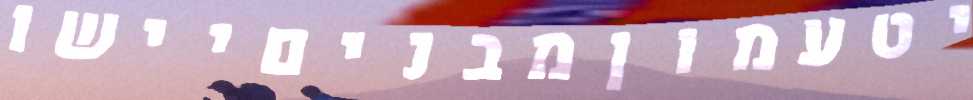
יטעמוןמבניםיישו